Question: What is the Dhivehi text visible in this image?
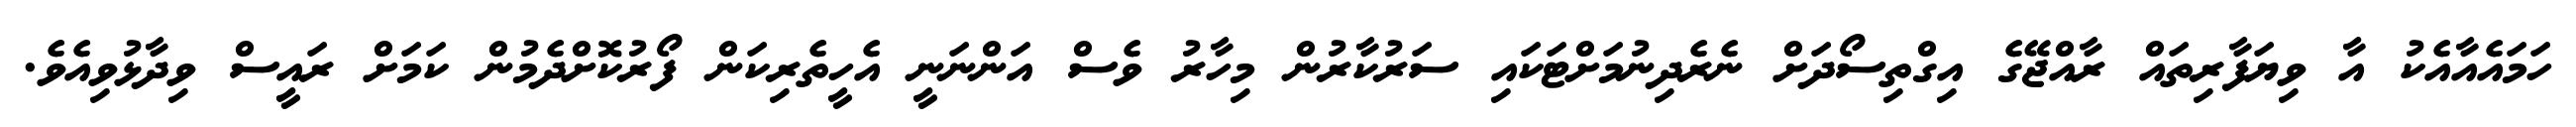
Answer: ހަމައެއާއެކު އާ ވިޔަފާރިތައް ރާއްޖޭގެ އިގްތިސޯދަށް ނެރެދިނުމަށްޓަކައި ސަރުކާރުން މިހާރު ވެސް އަންނަނީ އެހީތެރިކަން ފޯރުކޮށްދެމުން ކަމަށް ރައީސް ވިދާޅުވިއެވެ.